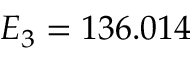
E _ { 3 } = 1 3 6 . 0 1 4